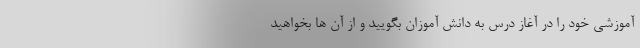
آموزشی خود را در آغاز درس به دانش آموزان بگویید و از آن ها بخواهید